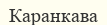
Каранкава